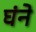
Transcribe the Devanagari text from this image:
घंने